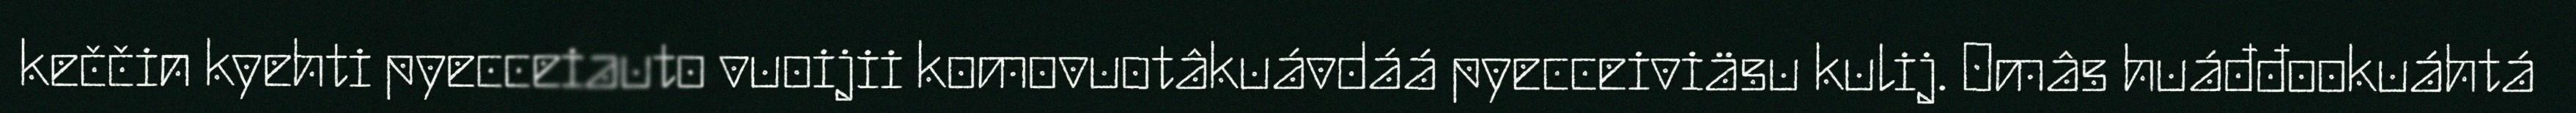
keččin kyehti pyecceiauto vuoijii komovuotâkuávdáá pyecceiviäsu kulij. Omâs huáđđookuáhtá